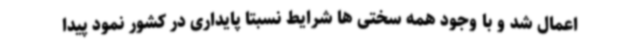
اعمال شد و با وجود همه سختی ها شرایط نسبتا پایداری در کشور نمود پیدا